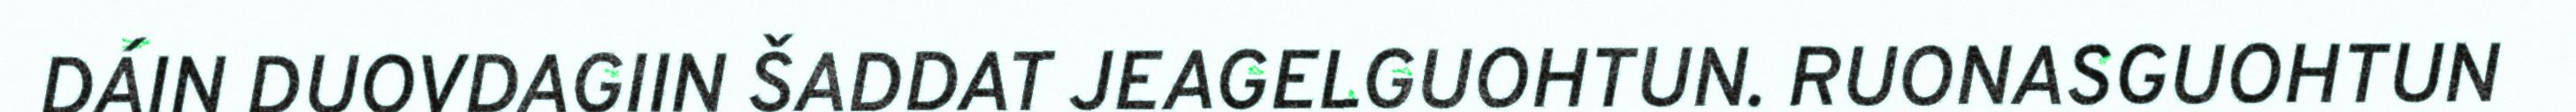
DÁIN DUOVDAGIIN ŠADDAT JEAGELGUOHTUN. RUONASGUOHTUN